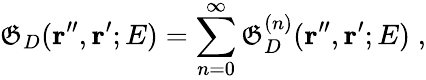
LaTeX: \mathfrak{G}_{D}({\mathbf{r}^{\prime\prime}},{\mathbf{r}^{\prime}};E)=\sum_{n=0}^{\infty}\mathfrak{G}_{D}^{(n)}({\mathbf{r}^{\prime\prime}},{\mathbf{r}^{\prime}};E)\; ,